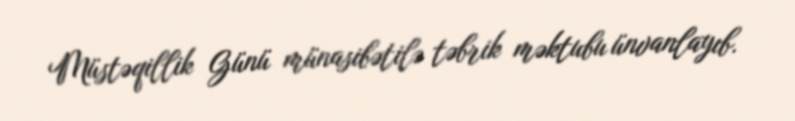
Müstəqillik Günü münasibətilə təbrik məktubu ünvanlayıb.